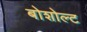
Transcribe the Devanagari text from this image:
बोशोल्ट